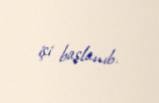
işi başlanıb.